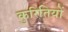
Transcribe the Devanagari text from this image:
कुरितियों